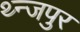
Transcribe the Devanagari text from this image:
थ्न्जपुर